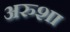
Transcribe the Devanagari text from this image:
अरुशा